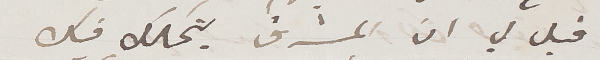
قيل لي ان المشرق يتملك فيك